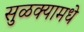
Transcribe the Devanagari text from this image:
सुळक्यामधे